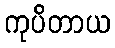
ကုပိတာယ